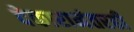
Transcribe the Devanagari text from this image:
देकारानंतरही